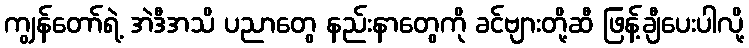
ကျွန်တော်ရဲ့ အဲဒီအသိ ပညာတွေ နည်းနာတွေကို ခင်ဗျားတို့ဆီ ဖြန့်ချီပေးပါလို့